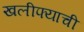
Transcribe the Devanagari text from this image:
खलीफ्याची